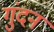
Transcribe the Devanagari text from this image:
गुंदन